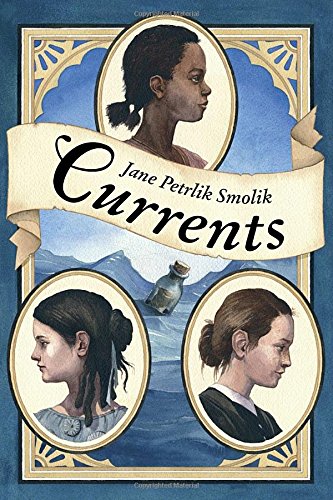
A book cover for Currents; Jane Smolik; Children's Books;